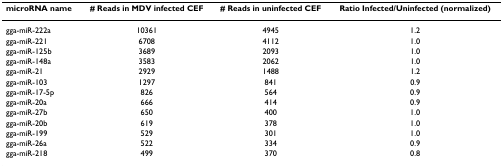
| microRNA name | # Reads in MDV infected CEF | # Reads in uninfected CEF | Ratio Infected/Uninfected (normalized) |
 | --- | --- | --- | --- |
 | gga-miR-222a | 10361 | 4945 | 1.2 |
 | gga-miR-221 | 6708 | 4112 | 1.0 |
 | gga-miR-125b | 3689 | 2093 | 1.0 |
 | gga-miR-148a | 3583 | 2062 | 1.0 |
 | gga-miR-21 | 2929 | 1488 | 1.2 |
 | gga-miR-103 | 1297 | 841 | 0.9 |
 | gga-miR-17-5p | 826 | 564 | 0.9 |
 | gga-miR-20a | 666 | 414 | 0.9 |
 | gga-miR-27b | 650 | 400 | 1.0 |
 | gga-miR-20b | 619 | 378 | 1.0 |
 | gga-miR-199 | 529 | 301 | 1.0 |
 | gga-miR-26a | 522 | 334 | 0.9 |
 | gga-miR-218 | 499 | 370 | 0.8 |